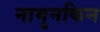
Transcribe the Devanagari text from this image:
नामुनकिन